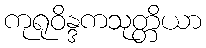
ကုရုဝိန္ဒကသုတ္တိယာ